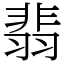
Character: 翡